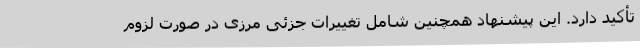
تأکید دارد. این پیشنهاد همچنین شامل تغییرات جزئی مرزی در صورت لزوم